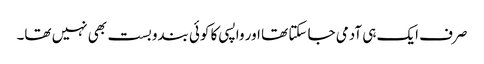
صرف ایک ہی آدمی جا سکتا تھا اور واپسی کا کوئی بندوبست بھی نہیں تھا۔